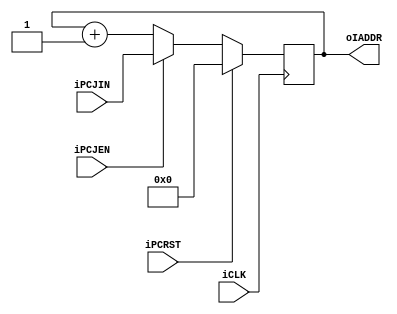
module pcreg(
        input           iCLK,
        input           iPCRST,
        input           iPCJEN,
        input  [7:0]    iPCJIN,
        output [7:0]    oIADDR
    );
    reg [7:0]       rPC = 8'h00;
    assign oIADDR = rPC;
    always@(posedge iCLK) begin
        if(iPCRST) begin
            rPC <= 8'h00;
        end
        else begin
            if(iPCJEN) begin
                rPC <= iPCJIN;
            end
            else begin
                rPC <= rPC + 8'd1;
            end
        end
    end
endmodule